Document type: Sale
Year: 1235
Scribe: Pere de Bages
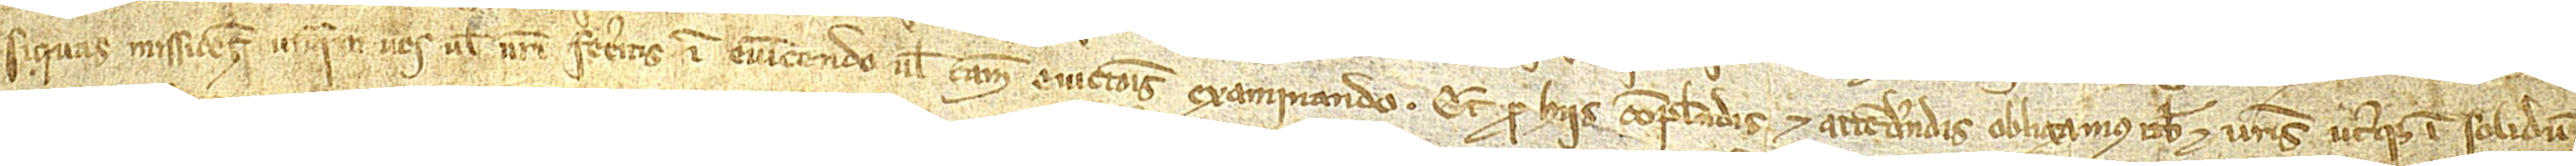
si quas missiones unquam vos vel vestri feceritis in evincendo vel causam evictionis examinando. Et pro hiis compendis et attendendis obligamus vobis et vestris uterque in solidum